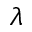
\lambda